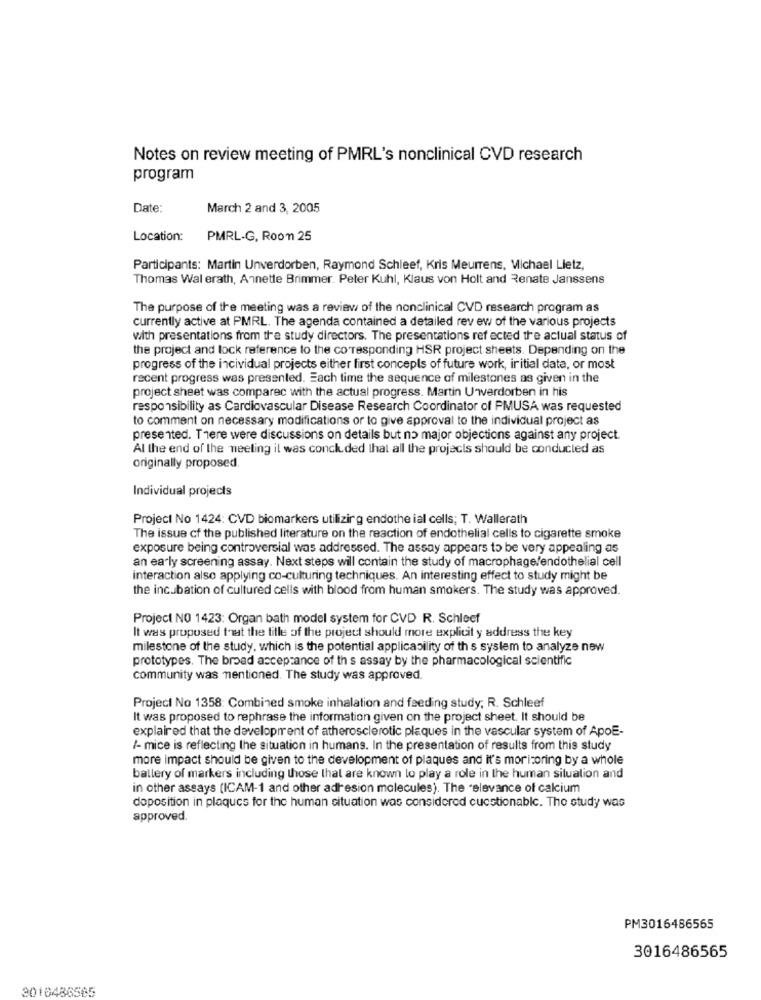
Notes on review meeting of PMRL's nonclinical CVD research
program
Date:
March 2 and 3, 2005
Location:
PMRL-G, Roon 25
Participants: Martin Unverdorben, Raymond Schleef, Kris Meurrens, Michael Lietz,
Thomas Wal erath, Annette Brimmer. Peter Kuhl, Klaus von Holt and Renate Janssens
The purpose of the meeting was a review of the nonclinical CVD research program as
currently active at PMRL. The agenda contained a detailed rev ew of the various projects
with presentations from the study directors. The presentations ref ected the actual status of
the project and lock reference to the corresponding HSR project sheets. Depending on the
progress of the incividual projects either first concepts of future work, iritial data, or most
recent progress was presented. Each time the sequence of milestones as given in the
project sheet was comparec with the actual progress. Martin Uwverdorben in his
responsibility as Cardiovascular Disease Research Coordinator of PMUSA was requested
to comment on necessary modifications or to give approval to the individual project as
presented. There were discussions on details but no major objections against any project.
Al the end of the meeting il was concluded that all the projects should be conducted as
originally proposed.
Individual projects
Project No 1424: CVD biomarkers utilizing endothe ial cells; T. Wallerath
The issue cf the published literature on the reaction of endothelial cells to cigarette smoke
exposure being controversial was addressed. The assay appears to be very appealing as
an early screening assay. Next steps will contain the study of macrophage/endothelial cell
interaction also applying co-culturing techniques. An interesting effect to study might be
the incubation of cultured cells with blood from human smokers. The study was approved.
Project NO 1423: Organ bath model system for CVD R. Schleef
It was proposed that the title of the project should more explicit y address the key
milestone of the study, which is the potential applicability of th s system to analyze new
prototypes. The broad acceptance of th s assay by the pharmacological scientific
community was mentioned. The study was approved.
Project No 1358: Combined smoke inhalation and feeding study; R. Schleef
It was proposed to rephrase the information given on the project sheet. It should be
explained that the development of atherosclerotic plaques in the vascular system of ApoE-
/- mice is reflecting the situation in humans. In the presentation of results from this study
more impact should be given to the development of plaques and it's moritoring by a whole
battery of markers including those that are known to play a role in the human situation and
in other assays (ICAM-1 and other adresion molecules). The "elevance of calcium
doposition in plaques for the human situation was considered cuestionable. The study was
approved.
PM3016486565
3016486565
3016486565